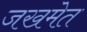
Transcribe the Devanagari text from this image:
जखमेत